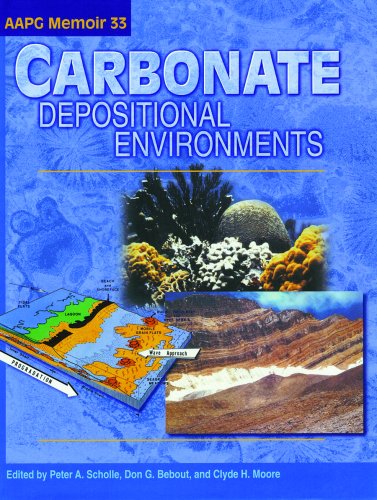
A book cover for Carbonate Depositional Environments (AAPG Memoir); American Association of Petroleum Geologists; Science & Math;